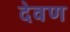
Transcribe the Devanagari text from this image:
देवण